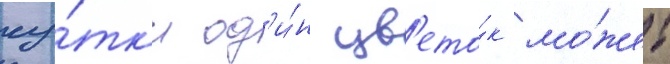
су́тк'и од'и́н цв'ето́к мо́жет